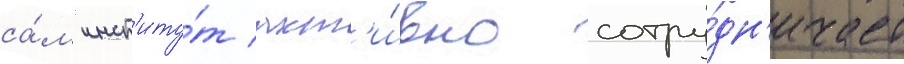
са́м инст'иту́т акт'и́вно сотру́дн'ичает